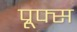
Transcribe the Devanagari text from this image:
प्रूफ्स